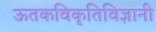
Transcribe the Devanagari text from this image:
ऊतकविकृतिविज्ञानी